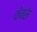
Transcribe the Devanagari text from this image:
केवस